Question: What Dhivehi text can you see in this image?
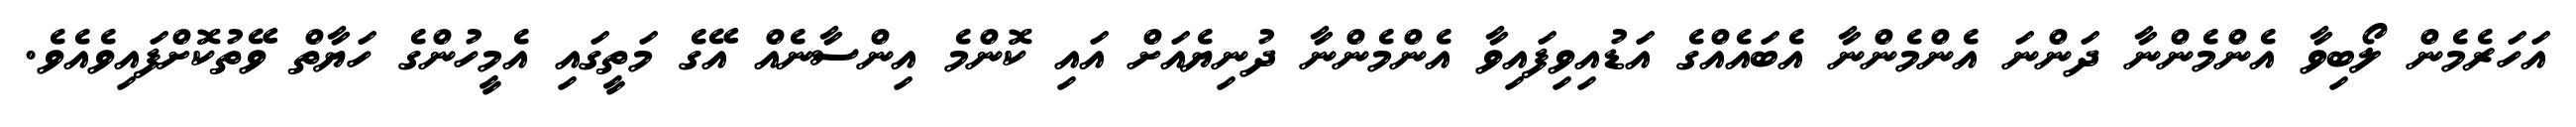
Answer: އަހަރެމެން ލޯބިވާ އެންމެންނާ ދަންނަ އެންމެންނާ އެބައެއްގެ އަޑުއިވިފައިވާ އެންމެންނާ ދުނިޔެއަށް އައި ކޮންމެ އިންސާނެއް އޭގެ މަތީގައި އެމީހުންގެ ހަޔާތް ވޭތުކޮށްފައިވެއެވެ.